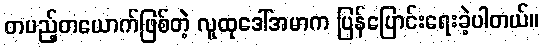
တပည့်တယောက်ဖြစ်တဲ့ လူထုဒေါ်အမာက ပြန်ပြောင်းရေးခဲ့ပါတယ်။